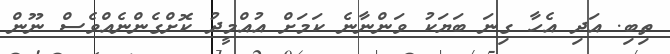
ތިބި. އަދި އެހާ ގިނަ ބަަޔަކު ވަންނާނެ ކަމަށް އުއްމީދު ކޮށްގެންނެއްވެސް ނޫން